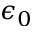
\epsilon _ { 0 }